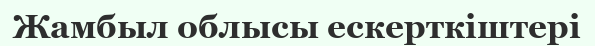
Жамбыл облысы ескерткіштері